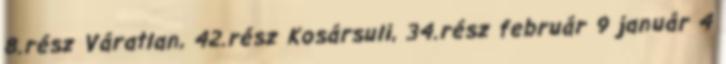
8.rész Váratlan, 42.rész Kosársuli, 34.rész február 9 január 4